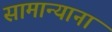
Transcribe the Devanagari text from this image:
सामान्याना